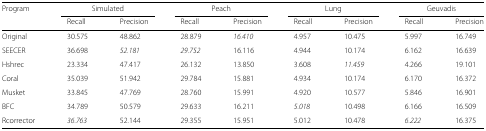
| Program | <COLSPAN=2> Simulated | <COLSPAN=2> Peach | <COLSPAN=2> Lung | <COLSPAN=2> Geuvadis |
 |  | Recall | Precision | Recall | Precision | Recall | Precision | Recall | Precision |
 | --- | --- | --- | --- | --- | --- | --- | --- | --- |
 | Original | 30.575 | 48.862 | 28.879 | 16.410 | 4.957 | 10.475 | 5.997 | 16.749 |
 | SEECER | 36.698 | 52.181 | 29.752 | 16.116 | 4.944 | 10.174 | 6.162 | 16.639 |
 | Hshrec | 23.334 | 47.417 | 26.132 | 13.850 | 3.608 | 11.459 | 4.266 | 19.101 |
 | Coral | 35.039 | 51.942 | 29.784 | 15.881 | 4.934 | 10.174 | 6.170 | 16.372 |
 | Musket | 33.845 | 47.769 | 28.760 | 15.991 | 4.920 | 10.577 | 5.846 | 16.901 |
 | BFC | 34.789 | 50.579 | 29.633 | 16.211 | 5.018 | 10.498 | 6.166 | 16.509 |
 | Rcorrector | 36.763 | 52.144 | 29.355 | 15.951 | 5.012 | 10.478 | 6.222 | 16.375 |